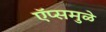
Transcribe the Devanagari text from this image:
ऍप्समुळे